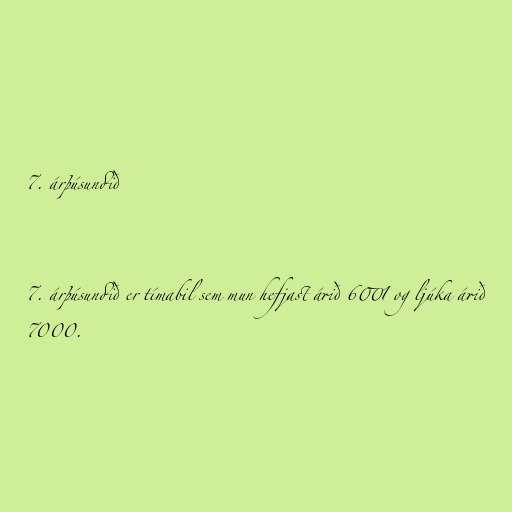
7. árþúsundið

7. árþúsundið er tímabil sem mun hefjast árið 6001 og ljúka árið
7000.